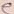
Text: e